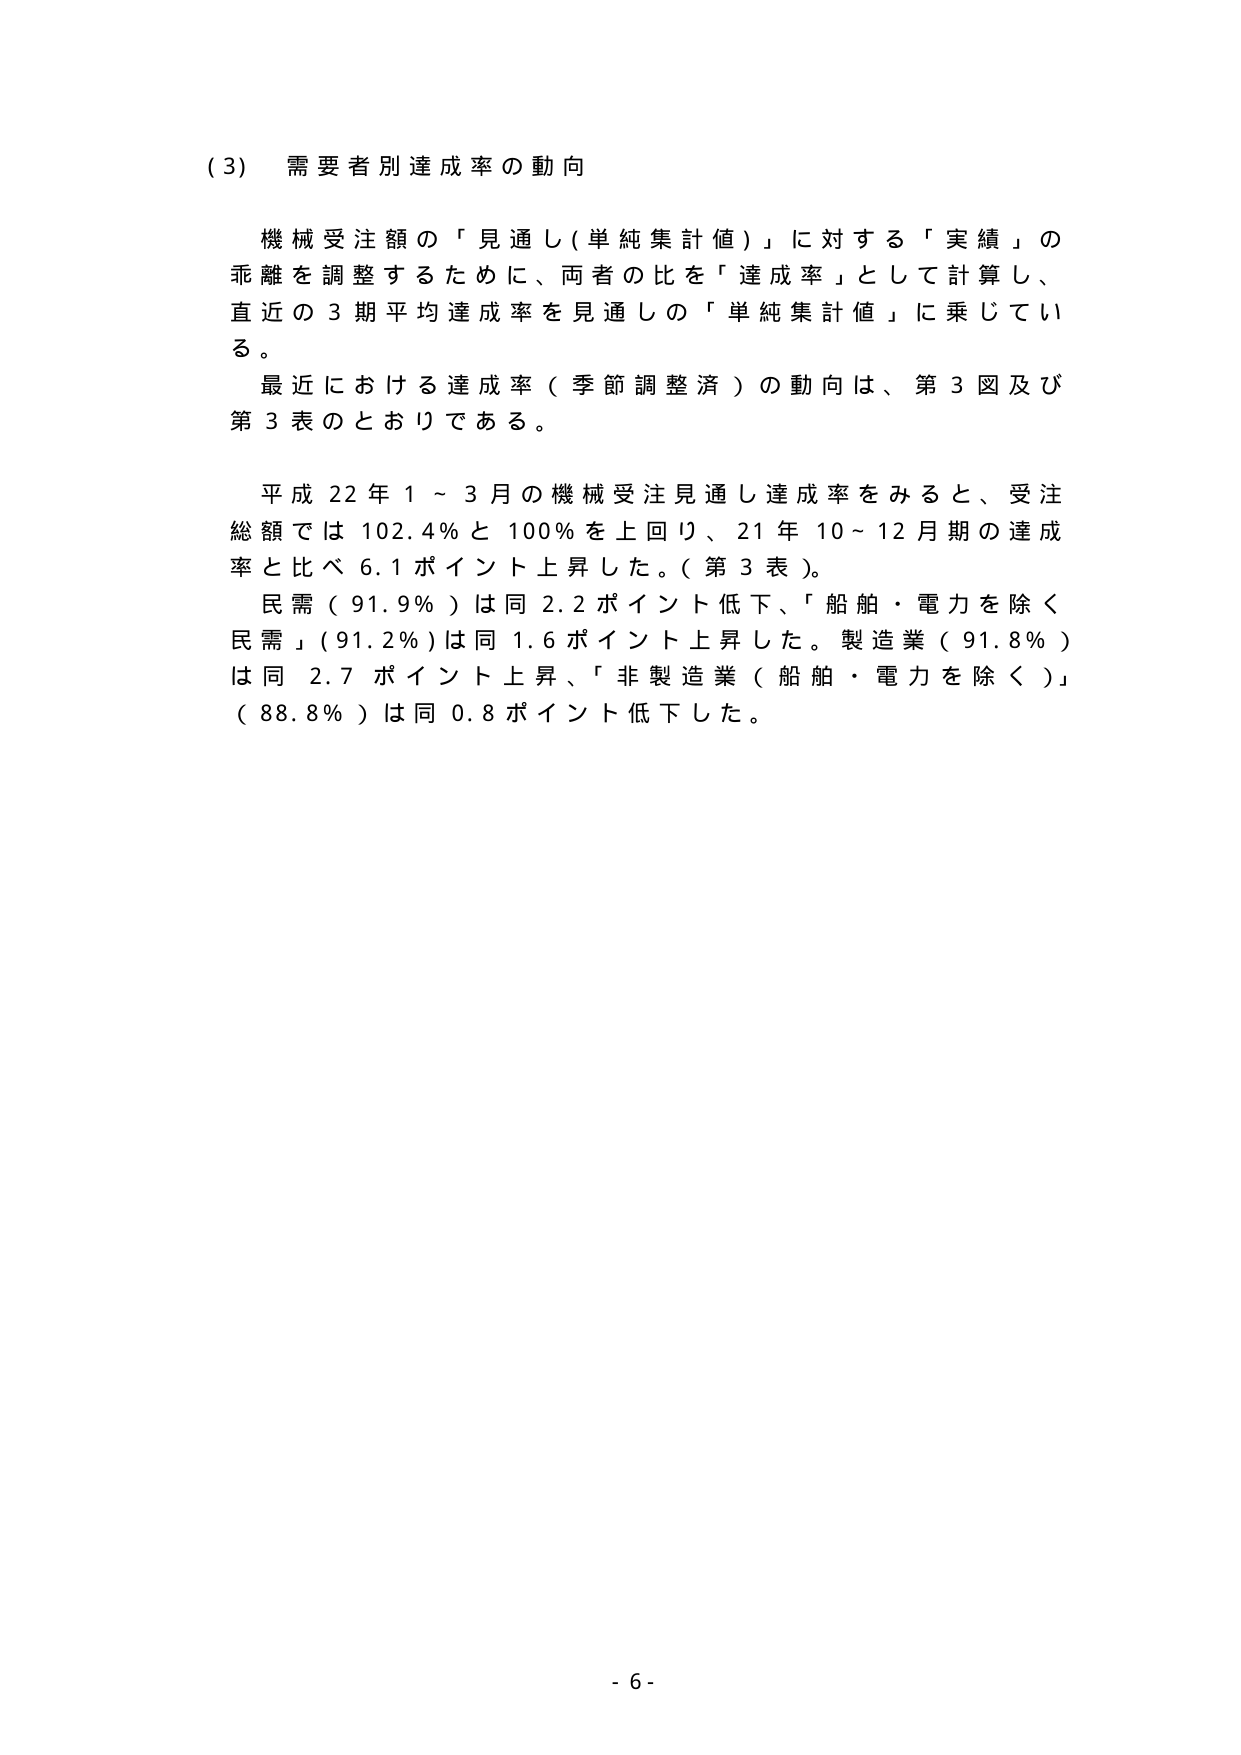
(3) 需要者別達成率の動向

機械受注額の「見通し(単純集計値)」に対する「実績」の
乖離を調整するために、両者の比を「達成率」として計算し、
直近の3期平均達成率を見通しの「単純集計値」に乗じてい
る。
最近における達成率（季節調整済）の動向は、第3図及び
第3表のとおりである。

平成22年1～3月の機械受注見通し達成率をみると、受注
総額では102.4％と100％を上回り、21年10～12月期の達成
率と比べ6.1ポイント上昇した。（第3表）。
民需（91.9％）は同2.2ポイント低下、「船舶・電力を除く
民需」（91.2％）は同1.6ポイント上昇した。製造業（91.8％）
は同2.7ポイント上昇、「非製造業（船舶・電力を除く）」
（88.8％）は同0.8ポイント低下した。

- 6 -